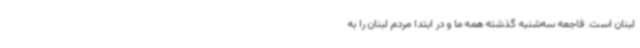
لبنان است. فاجعه سه‌شنبه گذشته همه ما و در ابتدا مردم لبنان را به